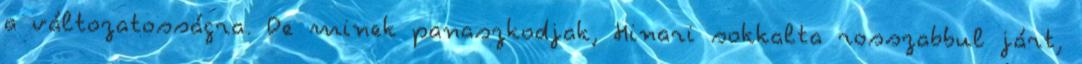
a változatosságra. De minek panaszkodjak, Hinari sokkalta rosszabbul járt,